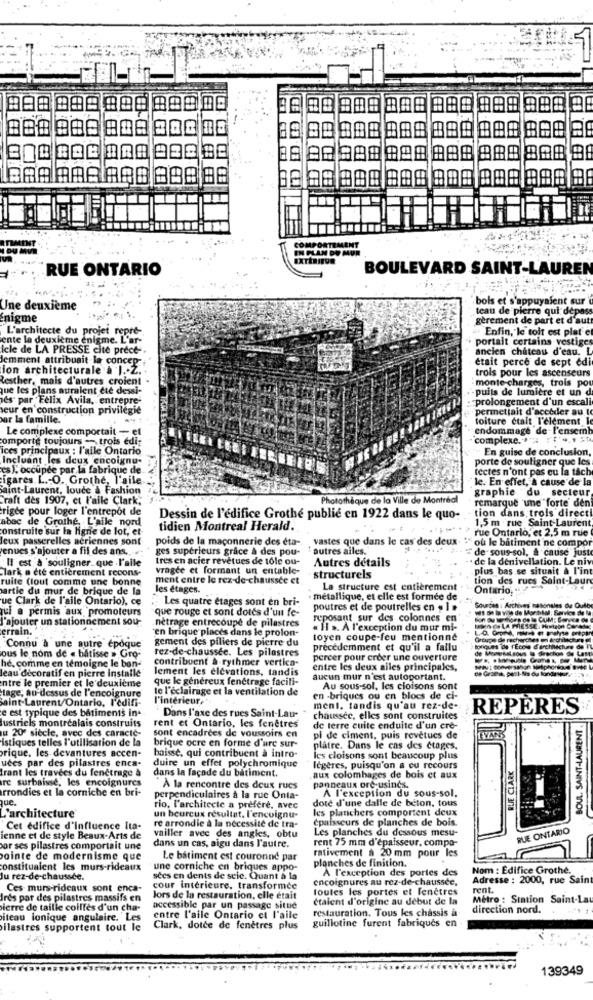
388 888
BE
COMPORTEMENT
EN PLAN DE MUR
RUE ONTARIO
BOULEVARD SAINT-LAUREN
bols et s'appuyant sur
Une deuxième
teau de pierre qui depas
nigme
gerement de part et d'autt
L'architecte du projet repre-
Enfin, le toit est plat e
ente la deuxième enigme. L'ar-
portait certains vestiges
Icle de LA PRESSE cite prece -.
ancien chateau d'eau. L
Jemment attribuait la concep
était perce de sept edi
ion architecturale & J. Z.
trois pour les ascenseurs
lesther, mais d'autres croient
monte-charges, trois por
que les plans auraient ete dessi-
. . puits de lumière et un d
ies par Felix Avila, entrepre-
: prolongement d'un escali
seur en construction privilegie
permettait d'accéder au to
ar la famille.
toiture était l'element l
Le complexe comportait - el
endommage de l'ensemb
comporte toujours -- trois edi-
complexe, "" """ "
ices principaux : l'aile Ontario
- En guise de conclusion,
Incluant les deux encoignu-
porte de souligner que les
es ), occupée par la fabrique de
tectes n'ont pas cu la tâche
igares L .- O. Grothe, l'aile
le. En effet, a cause de la
saint-Laurent, louce & Fashion
graphie du secteur
Craft des 1907, et l'aile Clark,
Photothèque de la Ville de Montreal
remarque 'une forte den
rigee pour loger l'entrepôt de
tion dans trois directi
abac de Grothe, L'aile nord
Dessin de l'édifice Grothé publié en 1922 dans le quo-
1,5 m rue Saint-Laurent
construite sur la ligne de lot, et
tidien Montreal Herald.
rue Ontario, et 2,5 m rue
leux passerelles aériennes sont
poids de la maconnerie des eta-
vastes que dans le cas des deux. "" ou le batiment'ne compor
enues s'ajouter a fil des ans.
ges supérieurs grace a des pou-
: autres alles.
"de sous-sol, & cause just
Il est à souligner que l'aile
tres en acier revetues de tole ou-
Autres details
· de la denivellation. Le niv
Clark a été entièrement recons-
vragee et formant un entable-
plus bas se situait à l'int
ruite (lout comme une bonne
ment entre le rez-de-chaussée et
structurels
tion des rues Saint-Laure
artie du mur de brique de la
les étages.
La structure est entièrement
Ontario,
ue Clark de l'aile Ontario), ce
:Les quatre etages sont en bri-
métallique, et elle est formée de
jul a permis aux promoteurs
que rouge et sont dotes d'un fe-
poutres et de poutrelles en . ] »
Sources : Archives nasonales de Oufby
J'ajouter un stationnement sou-
nétrage entrecoupé de pilastres
reposant sur des colonnes en
errain.
en brique places dans le prolon-
« 11 >. A l'exception du mur mi-
gement des piliers de pierre du
toyen coupe-feu mentionné
Connu à une autre époque
rez-de-chaussée. Les pilastres
précédemment et qu'il a fallu
byriques de ( Ecole d'architecture de
ous le nom de « bâtisse > Gro-
contribuent à rythmer vertica-
percer pour créer une ouverture
he, comme en témoigne le bon-
lement les elevations, tandis
entre les deux alles principales,
leau décoratif en pierre Installe
entre le premier et le deuxicine
que le généreux fenétrage facili-
aucun mur n'est autoportant.
tage, au-dessus de l'encoignure
te l'éclairage et la ventilation de
Au sous-sol, les cloisons sont
Saint-Laurent/Ontario, l'edifi-
l'intérieur,
en -briques ou en blocs de ci-
e est typique des bâtiments in-
ment, tandis qu'au rez-de-
REPÈRES
2
lustriels montrealais construits
Dans l'axe des rues Saint-Lau- -
chaussee, elles sont construites
BOUL. SAINT-LAURENT .
rent et Ontario, les fenêtres
de terre cuite enduite d'un cre-
u 20º siècle, avec des caracte-
istiques telles l'utilisation de la
sont encadrees de voussoirs en
brique ocre en forme d'arc sur-
pl de ciment, puis revetucs de
rique, les devantures accen-
baisse, qui contribuent à intro-
plâtre. Dans le cas des ctages.
uees par des pilastres enca-
les cloisons sont beaucoup plus
Irant les travées du fenetrage à
duire un effet polychromique
dans la façade du bâtiment.
légères, puisqu'on a eu recours
RLIE CLARK
ire surbaisse, les encoignures
aux colombages de bois et aux
arrondies et la corniche en bri-
"À la rencontre des deux rues
panneaux ore-usincs.
A l'exception du sous-sol.
perpendiculaires à la ruc Onla-
dote d'une dalle de béton, tous
rio, l'architecte a préféré, avec
les planchers comportent deux
L'architecture
un heureux résultat. l'encuignu-
Épaisseurs de planches de bois
Cet edifice d'influence Ita-
re arrondie a la necessite de tra-
Les planches du dessous mesu-
RUE ONTARIO
ienne et de style Beaux-Arts de
vailler avec des angles, obtu
rent 75 mm d'épaisseur, compo-
or ses pilastres comportait une
dans un cas, aigu dans l'autre.
rativement à 20 mm pour les
pointe de modernisme que
Le batiment est couronné par
constituaient les murs-rideaux
une corniche en briques appo-
planches de finition.
A l'exception des portes des
Nom : Edifice Grothe.
Ju rez-de-chaussée.
sees en dents de seic. Quant à la
encoignures au rez-de-chaussée,
Adresse : 2000, rue Saint
Ces murs-rideaux sont enca-
cour intérieure. transformée
toutes les portes et fenetres
rent.
Irés par des pilastres massifs en
lors de la restauration, elle était
étaient d'origine au début de la
Métro : Station Saint-Lau
pierre de taille coilfes d'un cha-
accessible par un passage situe
restauration. Tous les chassis a
direction nord.
iteau lonique angulaire. Les
entre l'aile Ontario ct l'aile
ilastres supportent tout le
Clark, dolce de fenetres plus
guillotine furent fabriques en
139349